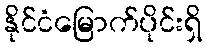
နိုင်ငံမြောက်ပိုင်းရှိ